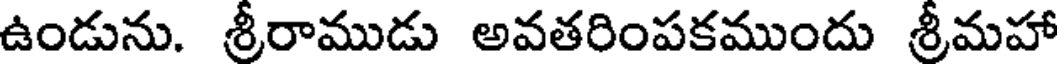
ఉండును. శ్రీరాముడు అవతరింపకముందు శ్రీమహా